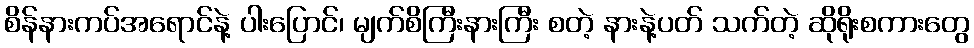
စိန်နားကပ်အရောင်နဲ့ ပါးပြောင်၊ မျက်စိကြီးနားကြီး စတဲ့ နားနဲ့ပတ် သက်တဲ့ ဆိုရိုးစကားတွေ